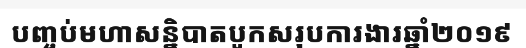
បញ្ចប់មហាសន្និបាតបូកសរុបការងារឆ្នាំ២០១៩